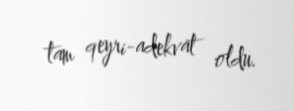
tam qeyri-adekvat oldu.